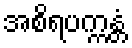
အစိရပက္ကန္တံ